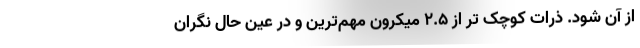
از آن شود. ذرات کوچک تر از ۲.۵ میکرون مهم‌ترین و در عین حال نگران